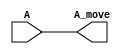
`timescale 1ns / 1ps
//////////////////////////////////////////////////////////////////////////////////
// Company: 
// Engineer: 
// 
// Design Name: 
// Module Name: move
// Project Name: 
// Target Devices: 
// Tool Versions: 
// Description: 
// 
// Dependencies: 
// 
// Revision:
// Revision 0.01 - File Created
// Additional Comments:
// 
//////////////////////////////////////////////////////////////////////////////////


module move(A, A_move);
    input A;
    output A_move;
    
    assign A_move = A;
endmodule